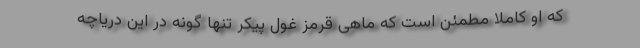
که او کاملاً مطمئن است که ماهی قرمز غول پیکر تنها گونه در این دریاچه